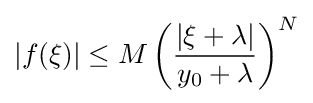
|f(\xi )|\leq M\left({\frac {|\xi +\lambda |}{y_{0}+\lambda }}\right)^{N}